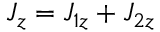
J _ { z } = J _ { 1 z } + J _ { 2 z } \,